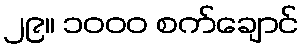
၂၉။ ၁၀၀၀ စက်ချောင်